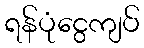
ရန်ပုံငွေကျပ်